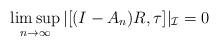
LaTeX: \begin{align*}\limsup_{n \to \infty} |[(I-A_n)R,\tau]|_{\mathcal I} = 0\end{align*}